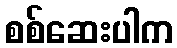
စစ်ဆေးပါက